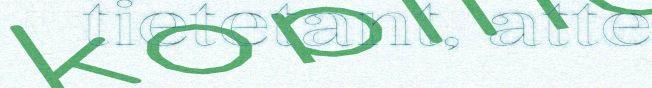
tietetant, atte